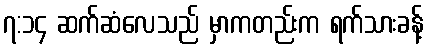
၇:၁၄ ဆက်ဆံလေသည် မှာကတည်းက ရက်သားခန့်